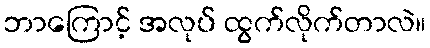
ဘာကြောင့် အလုပ် ထွက်လိုက်တာလဲ။